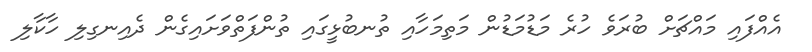
އެއްފައި މައްޗަށް ބުރަވެ ހުރެ މަޑުމަޑުން މަތިމަހާއި ތުނބުޅީގައި ތުންފަތްވަށައިގެން ދެއިނގިލި ހާކާލި